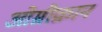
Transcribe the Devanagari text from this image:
ओम्रीक्रान